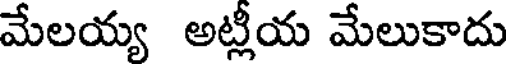
మేలయ్య అట్లీయ మేలుకాదు